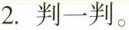
2.判一判。